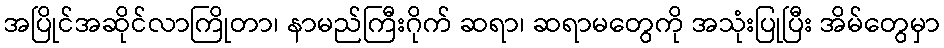
အပြိုင်အဆိုင်လာကြိုတာ၊ နာမည်ကြီးဂိုက် ဆရာ၊ ဆရာမတွေကို အသုံးပြုပြီး အိမ်တွေမှာ